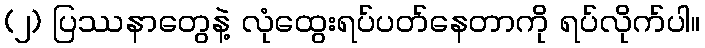
(၂) ပြဿနာတွေနဲ့ လုံထွေးရပ်ပတ်နေတာကို ရပ်လိုက်ပါ။